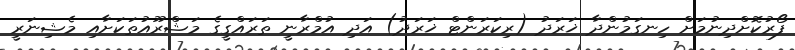
ފޯރުކޮށްދިނުމަށް ހިނގަމުންދާ ޚަރަދު (ރިކަރަންޓް ޚަރަދު) އަދި އުމްރާނީ ތަރައްގީގެ މަޝްރޫއުތަކަށާއި މެޝިނަރީ